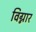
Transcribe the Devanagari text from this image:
विग्नार